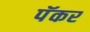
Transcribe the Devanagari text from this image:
पॅकर